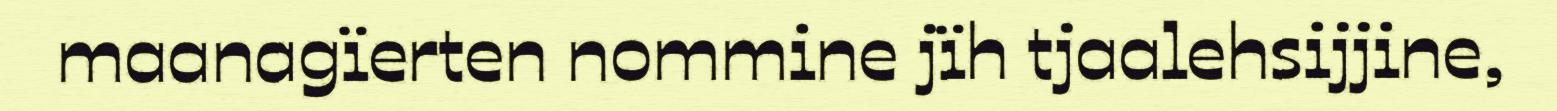
maanagïerten nommine jïh tjaalehsijjine,